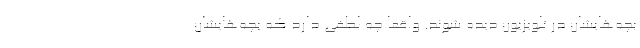
بچه‌هایشان در تلویزیون دیده شوند. واقعاً چه لطفی دارد که بچه‌هایشان